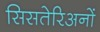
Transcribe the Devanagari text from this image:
सिसतेरिअनों